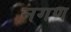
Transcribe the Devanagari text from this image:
नगण